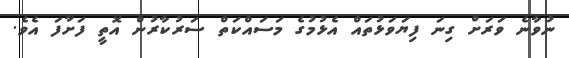
ނުވާނެ ވަރަށް ގިނަ ފިޔަވަޅުތައް އެޅުމުގެ މަސައްކަތް ސަރުކާރުން އޮތީ ފަށާފަ އެވެ.